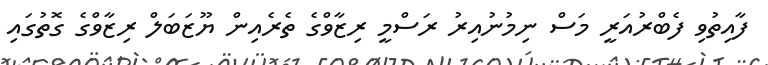
ފާއިތުވި ފެބްރުއަރީ މަސް ނިމުނުއިރު ރަސްމީ ރިޒާވްގެ ތެރެއިން ޔޫޒަބަލް ރިޒާވްގެ ގޮތުގައި